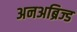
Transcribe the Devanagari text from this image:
अनअब्रिज्ड